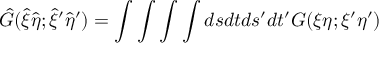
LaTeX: { \hat { G } } ( { \hat { \xi } } { \hat { \eta } } ; { \hat { \xi } } ^ { \prime } { \hat { \eta } } ^ { \prime } ) = \int \int \int \int d s d t d s ^ { \prime } d t ^ { \prime } G ( \xi \eta ; { \xi } ^ { \prime } { \eta } ^ { \prime } )